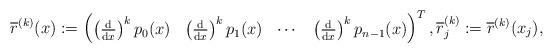
LaTeX: \begin{align*}\overline{r}^{(k)} (x) :=\begin{pmatrix}\left( \frac{\mathrm{d}}{\mathrm{d}x} \right)^k p_0 (x) & \left( \frac{\mathrm{d}}{\mathrm{d}x} \right)^k p_1 (x) & \cdots & \left( \frac{\mathrm{d}}{\mathrm{d}x} \right)^k p_{n-1} (x)\end{pmatrix}^T,\overline{r}_j^{(k)} := \overline{r}^{(k)} (x_j),\end{align*}